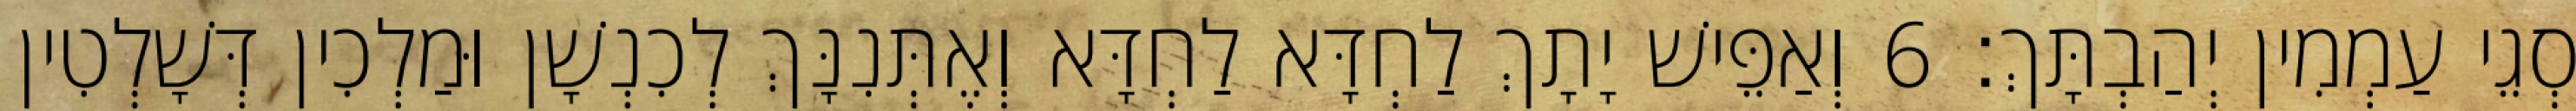
סְגֵי עַמְמִין יְהַבְתָּךְ׃ 6 וְאַפֵּישׁ יָתָךְ לַחְדָּא לַחְדָּא וְאֶתְּנִנָּךְ לְכִנְשָׁן וּמַלְכִין דְּשָׁלְטִין